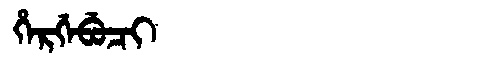
Manchu: ᡥᡝᡵᡤᡝᠪᡠᠴᡳ
Romanization: HERGEBUCI